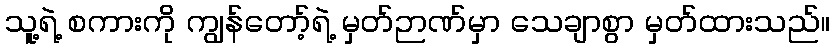
သူ့ရဲ့ စကားကို ကျွန်တော့်ရဲ့ မှတ်ဉာဏ်မှာ သေချာစွာ မှတ်ထားသည်။